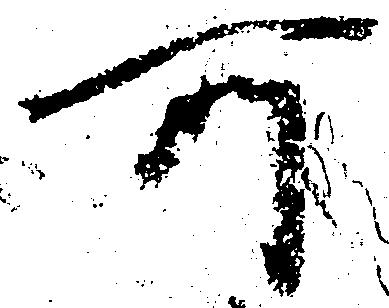
所